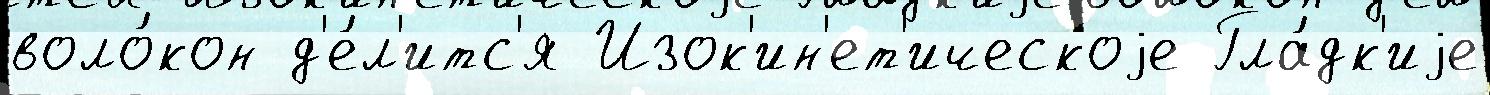
воло́кон д'е́л'итс'я Изок'ин'ет'ическоjе Гла́дк'иjе